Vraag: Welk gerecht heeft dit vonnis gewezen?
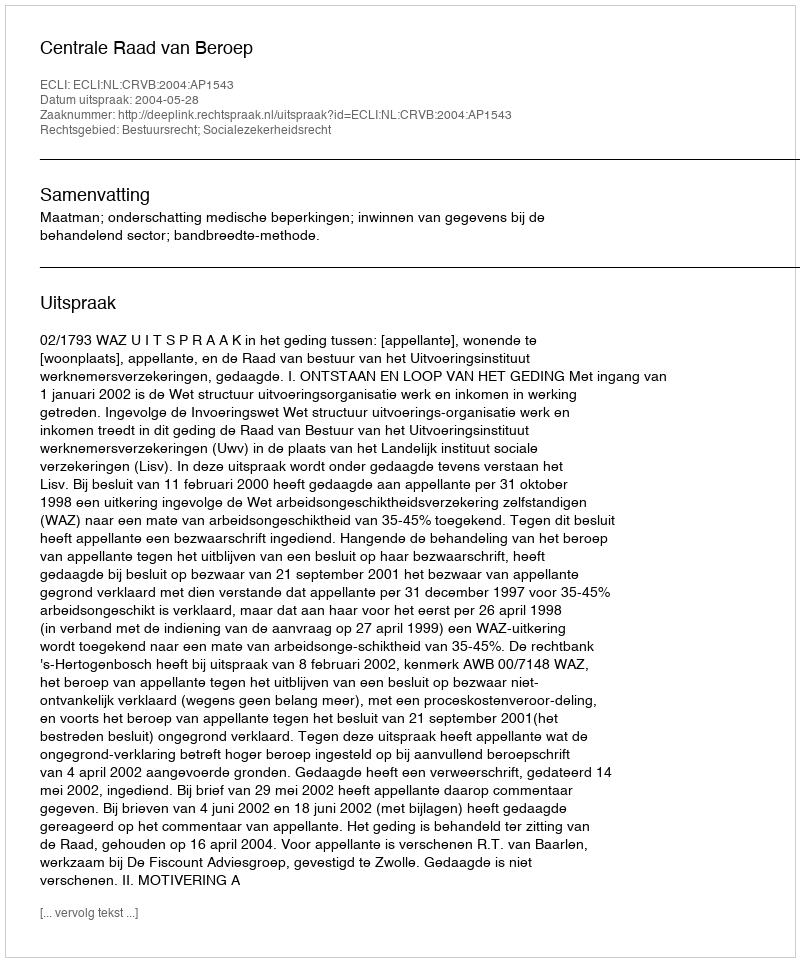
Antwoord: Centrale Raad van Beroep